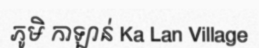
ភូមិ កាឡាន់ Ka Lan Village